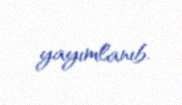
yayımlanıb.